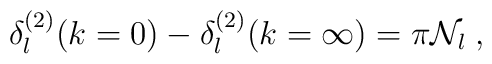
\delta^{(2)}_{l}(k=0) -\delta^{(2)}_{l}(k=\infty) = \pi {\mathcal N}_{l}\; ,